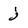
Character: j